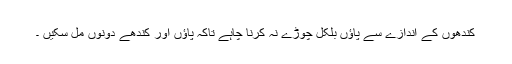
کندھوں کے اندازے سے پاؤں بلکل چوڑے نہ کرنا چاہے تاکہ پاؤں اور کندھے دونوں مل سکیں ۔